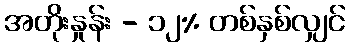
အတိုးနှုန်း - ၁၂% တစ်နှစ်လျှင်